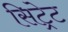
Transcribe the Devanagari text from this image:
सिट्रेट